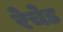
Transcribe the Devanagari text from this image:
रेचेड